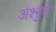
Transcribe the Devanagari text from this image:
अश्नुते